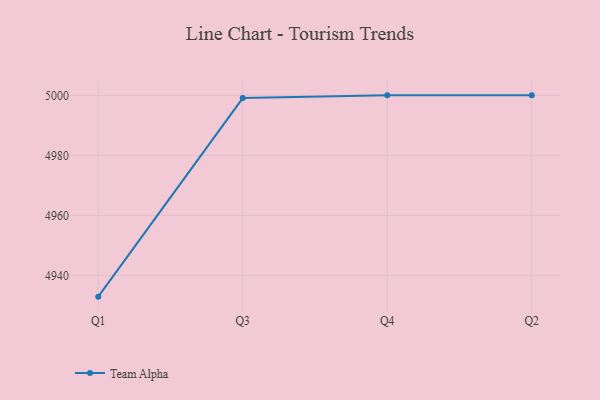
{"axis": {"x": "Quarter", "y": "Gross Profit (USD K)"}, "legend": ["Team Alpha"], "data": [{"x": "Q1", "y": 4932.9, "type": "Team Alpha"}, {"x": "Q3", "y": 4999.1, "type": "Team Alpha"}, {"x": "Q4", "y": 5000, "type": "Team Alpha"}, {"x": "Q2", "y": 5000, "type": "Team Alpha"}]}